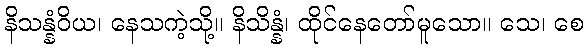
နိသန္နံဝိယ၊ နေသကဲ့သို့။ နိသိန္နံ၊ ထိုင်နေတော်မူသော။ သေ၊ စေ